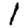
Digit: 1